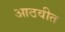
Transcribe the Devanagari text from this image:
आठवीत